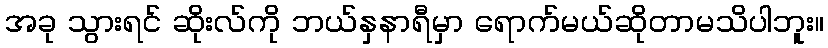
အခု သွားရင် ဆိုးလ်ကို ဘယ်နှနာရီမှာ ရောက်မယ်ဆိုတာမသိပါဘူး။